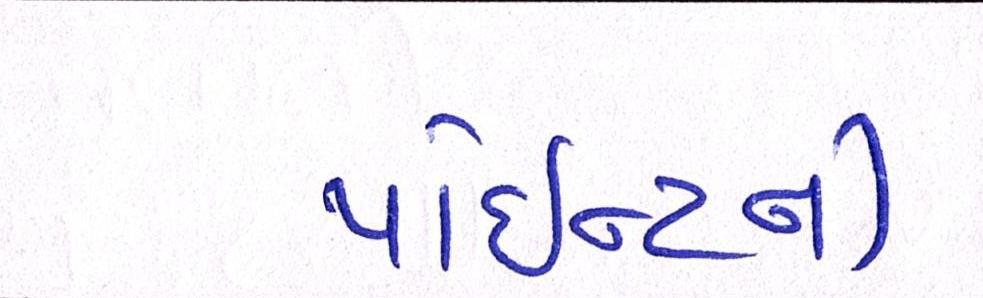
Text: પોઈન્ટની